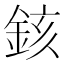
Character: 䤤